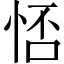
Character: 㤳